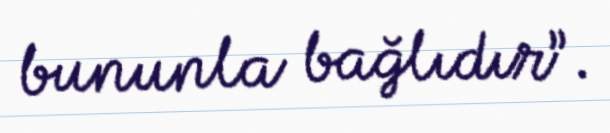
bununla bağlıdır”.